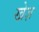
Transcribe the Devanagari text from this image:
खेज़